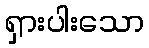
ရှားပါးသော